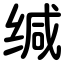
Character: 缄